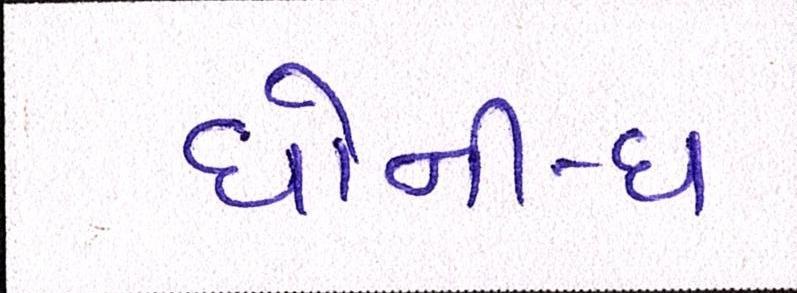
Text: ધોની-ધ